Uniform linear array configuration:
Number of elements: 32
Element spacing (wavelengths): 1
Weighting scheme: hamming
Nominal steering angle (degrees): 30
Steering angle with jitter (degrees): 30.897
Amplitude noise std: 0.05
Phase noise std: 0.05

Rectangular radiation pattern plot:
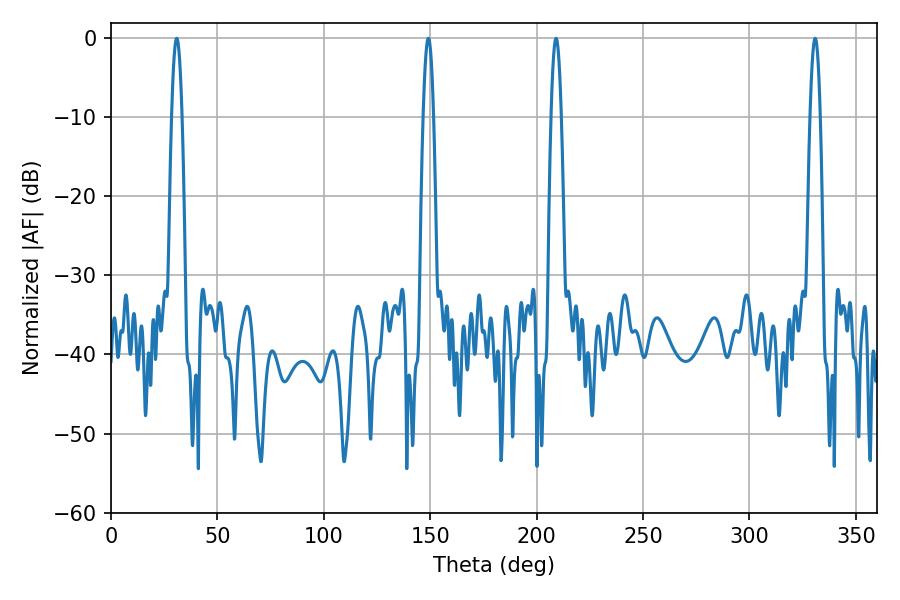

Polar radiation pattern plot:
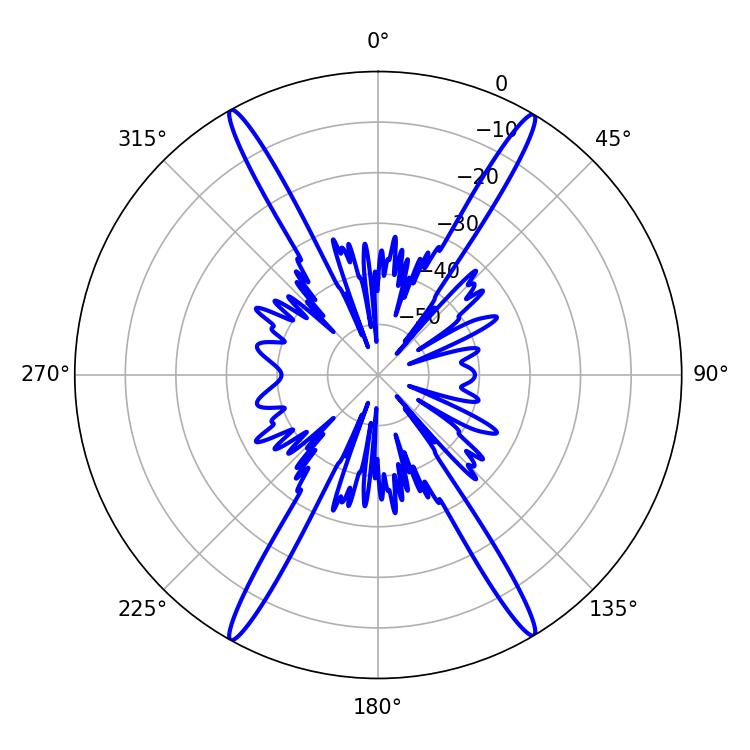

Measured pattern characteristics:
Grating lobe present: TRUE
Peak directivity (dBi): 27.575
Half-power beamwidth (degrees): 2.52
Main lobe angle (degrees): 330.84